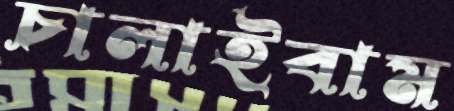
চালাইবাম